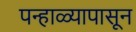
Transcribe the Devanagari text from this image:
पन्हाळ्यापासून